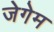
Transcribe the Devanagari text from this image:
जेगेम